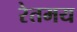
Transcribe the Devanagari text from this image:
रेतमय